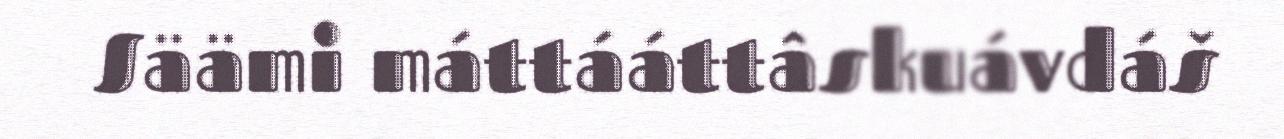
Säämi máttááttâskuávdáš